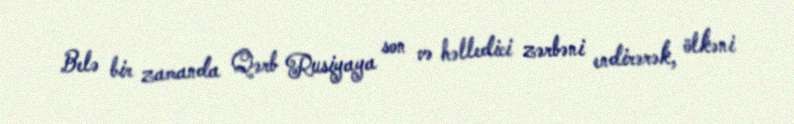
Belə bir zamanda Qərb Rusiyaya son və həlledici zərbəni endirərək, ölkəni